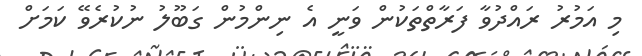
މި އަމުރު ރައްދުވާ ފަރާތްތަކުން ވަނީ އެ ނިންމުން ގަބޫލު ނުކުރެވޭ ކަމަށް